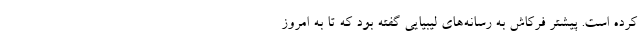
کرده است. پیشتر فرکاش به رسانه‌های لیبیایی گفته بود که تا به امروز